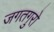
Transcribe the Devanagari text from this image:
जगतगुरो